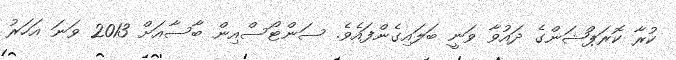
ކުރާ ކޮރަޕްޝަންގެ ދައުވާ ވަނީ ބަލައިގެންފައެވެ. ސަންޓޯސްއިން ބާސާއަށް 2013 ވަނަ އަހަރު